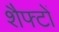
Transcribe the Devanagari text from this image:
शैफ्टों